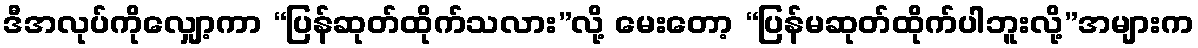
ဒီအလုပ်ကိုလျှော့ကာ “ပြန်ဆုတ်ထိုက်သလား”လို့ မေးတော့ “ပြန်မဆုတ်ထိုက်ပါဘူးလို့”အများက